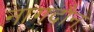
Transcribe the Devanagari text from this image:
नागदौन